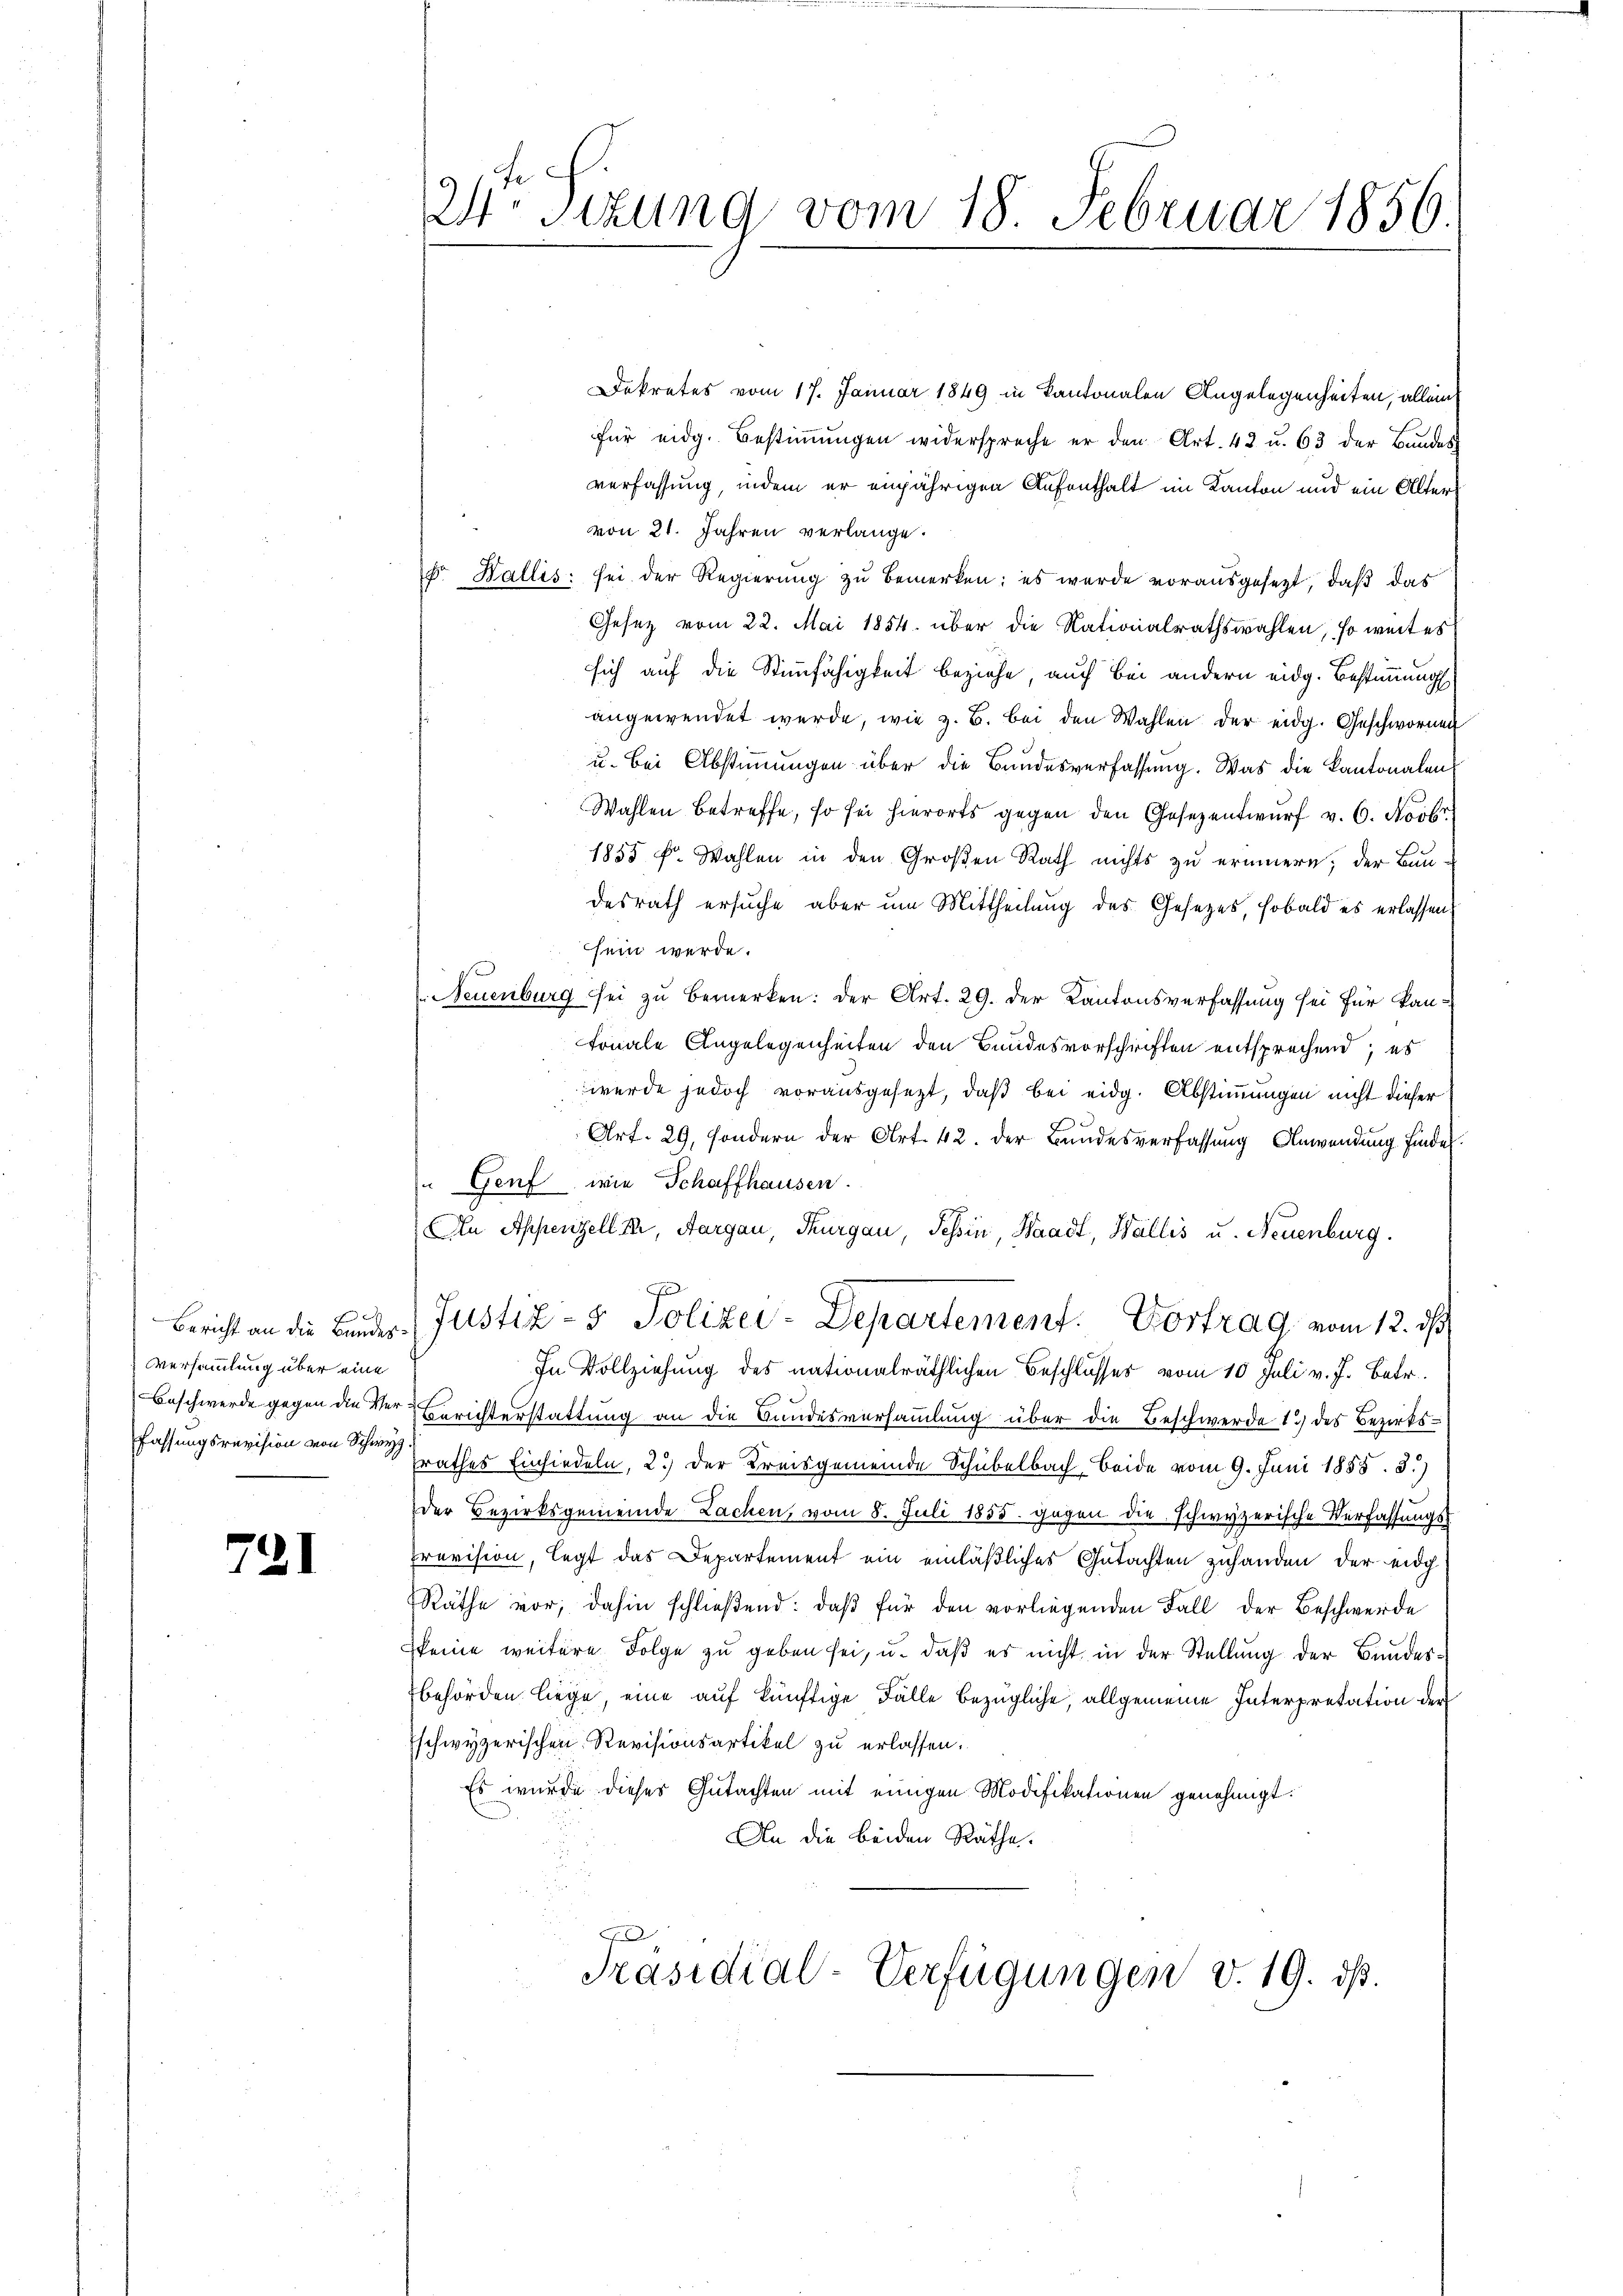
Versammlung über eine
fassungsrevision von Schwyz

721

2te Sizung vom 18. Februar 1856.

Dekretes vom 17. Januar 1849 in Kantonalen Angelegenheiten, allein
für eidg. Bestimmungen widerspreche er den Art. 42 u. 63 der Bundes
verfassung, indem er einjährigen Aufenthalt im Kanton und ein Alters
von 21. Jahren verlange.
Fr. Wallis: sei der Regierung zu bemerken; es wurde vorausgesetzt, daß das
Gesetz vom 22. Mai 1854. über die Nationalrathswahlen, so weit es
sich auf die Stimmfähigkeit beziehe, auch bei andern eidg. Bestimmung
angewendet werde, wie z. B. bei den Wahlen der eidg. Geschwornen
u. bei Abstimmungen über die Bundesverfassung. Was die Kantonalen
Wahlen betreffe, so sei hierorts gegen den Gesezentwurf v. 6. Novbr.
1855 f. Wahlen in den Großen Rath nichts zu erinnern; der Bau
desrath ersuche aber um Mittheilung des Gesetzes, sobald es erlassen,
sein werde.
Neuenburg sei zu bemerken: Der Art. 29. der Kantonsverfassung sei für kan-
tonale Angelegenheiten den Bundesvorschriften entsprechend; es
werde jedoch vorausgesezt, daß bei eidg. Abstimmungen nicht dieser
Art. 29, sondern der Art. 42. der Bundesverfassung Anwendung findet.
" Genf, wie Schaffhausen.
An Appenzell Er, Aargau, Thurgau, Tessin, Waadt, Wallis u. Neuenburg.
Bericht an die Bauder Justiz- & Polizei-Departement. Vortrag vom 12. ds
In Vollziehung des nationalräthlichen Beschlusses vom 10. Juli v. J. Betr.
Beschwerde gegen die Ver-Einrichterstattung an die Bundesversammlung über die Beschwerde 1.) des Bezirksfrathes Einsiedeln, 2.) Der Kreisgemeinde Schubelbach, beide vom 9. Juni 1855. 3.)
der Bezirksgemeinde Lachen, vom 8. Juli 1855 gegen die schwyzerische Verfassŭngs-
revision, legt das Departement ein einläßliches Gutachten zuhanden der eidg
Räthe vor; dahin schließend: daß für den vorliegenden Fall der Beschwerde
keine weitere Folge zu geben sei, u. daß es nicht in der Stellung der Bundesbehörden liege, eine auf künftige Fälle bezügliche, allgemeine Interpretation der
Eschwyzerischen Revisionsartikel zu erlassen.
Es wurde dieses Gutachten mit einigen Modifikationen genehmigt.
An die beiden Räthe.
Präsidial-Verfügungen v. 19. ds.